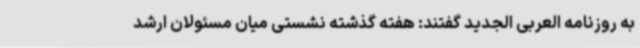
به روزنامه العربی الجدید گفتند: هفته گذشته نشستی میان مسئولان ارشد